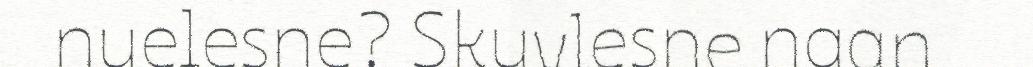
nuelesne? Skuvlesne naan